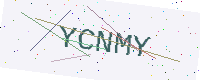
Text: YCNMY